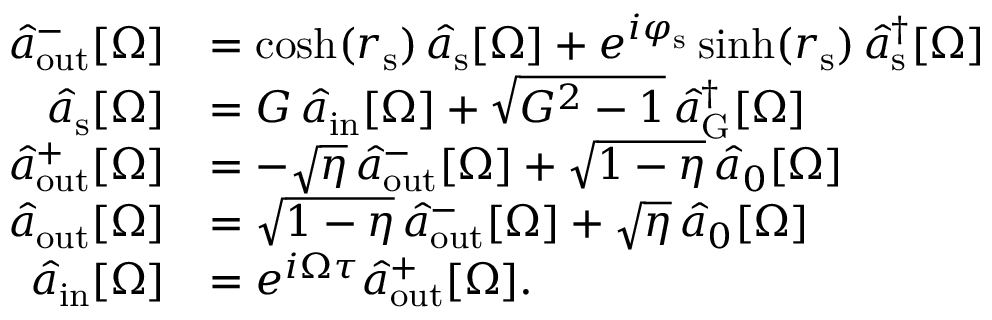
\begin{array} { r l } { \hat { a } _ { \mathrm { o u t } } ^ { - } [ \Omega ] } & { = \cosh ( r _ { \mathrm { s } } ) \, \hat { a } _ { \mathrm { s } } [ \Omega ] + e ^ { i \varphi _ { \mathrm { s } } } \sinh ( r _ { \mathrm { s } } ) \, \hat { a } _ { \mathrm { s } } ^ { \dagger } [ \Omega ] } \\ { \hat { a } _ { \mathrm { s } } [ \Omega ] } & { = G \, \hat { a } _ { \mathrm { i n } } [ \Omega ] + \sqrt { G ^ { 2 } - 1 } \, \hat { a } _ { \mathrm { G } } ^ { \dagger } [ \Omega ] } \\ { \hat { a } _ { \mathrm { o u t } } ^ { + } [ \Omega ] } & { = - \sqrt { \eta } \, \hat { a } _ { \mathrm { o u t } } ^ { - } [ \Omega ] + \sqrt { 1 - \eta } \, \hat { a } _ { 0 } [ \Omega ] } \\ { \hat { a } _ { \mathrm { o u t } } [ \Omega ] } & { = \sqrt { 1 - \eta } \, \hat { a } _ { \mathrm { o u t } } ^ { - } [ \Omega ] + \sqrt { \eta } \, \hat { a } _ { 0 } [ \Omega ] } \\ { \hat { a } _ { \mathrm { i n } } [ \Omega ] } & { = e ^ { i \Omega \tau } \hat { a } _ { \mathrm { o u t } } ^ { + } [ \Omega ] . } \end{array}